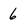
Character: 6